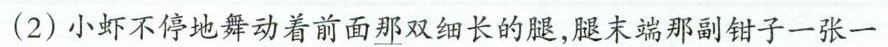
(2)小虾不停地舞动着前面\underline{那}双细长的腿，腿末端那副钳子一张一